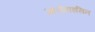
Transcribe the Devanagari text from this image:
आरोमाइसिन